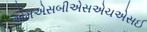
એમએસબીએસએચએસઈ